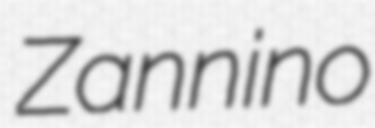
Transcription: Zannino